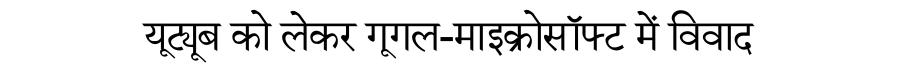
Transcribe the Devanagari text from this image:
यूट्यूब को लेकर गूगल-माइक्रोसॉफ्ट में विवाद